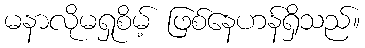
မနာလိုမရှုစိမ့် ဖြစ်နေဟန်ရှိသည်။